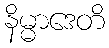
နိမ္မာဒေတိ